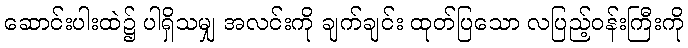
ဆောင်းပါးထဲ၌ ပါရှိသမျှ အလင်းကို ချက်ချင်း ထုတ်ပြသော လပြည့်ဝန်းကြီးကို